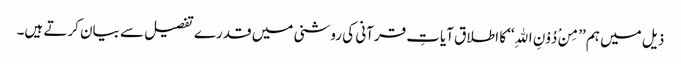
ذیل میں ہم ’’مِنْ دُوْنِ اللهِ‘‘ کا اطلاق آیاتِ قرآنی کی روشنی میں قدرے تفصیل سے بیان کرتے ہیں۔